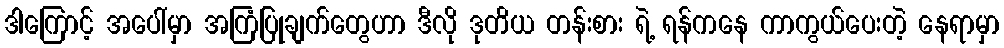
ဒါကြောင့် အပေါ်မှာ အကြံပြုချက်တွေဟာ ဒီလို ဒုတိယ တန်းစား ရဲ့ ရန်ကနေ ကာကွယ်ပေးတဲ့ နေရာမှာ